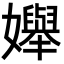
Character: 𡤒